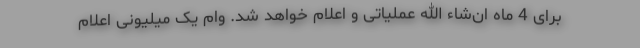
برای 4 ماه ان‌شاء الله عملیاتی و اعلام خواهد شد. وام یک میلیونی اعلام